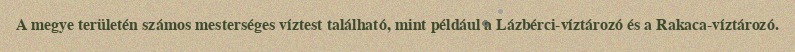
A megye területén számos mesterséges víztest található, mint például a Lázbérci-víztározó és a Rakaca-víztározó.